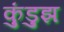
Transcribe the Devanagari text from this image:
कुंडुझ